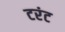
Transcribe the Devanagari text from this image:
टरंट